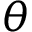
\theta